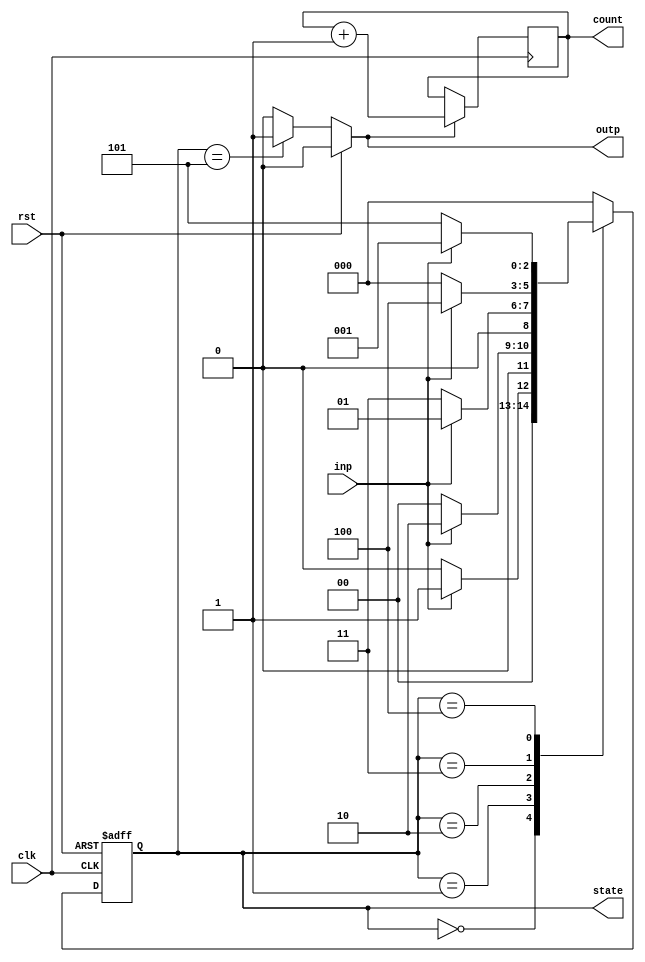
`timescale 1ns / 1ps
//moore state machine sequence detector for 11010 sequence
module fsm_2(clk,rst,inp,outp,state,count);
   input clk, rst, inp; // inputs for fsm
   output outp;  // output
   output [2:0] state; // states of fsm
   output [2:0] count;
   
     reg [2:0] count =0;
	 reg [2:0] state;
	 reg outp;
	 
	 always @(posedge clk, posedge rst)   // detects 11010 sequence using 5 state fsm machine
		begin
		
		if(rst) begin //if rst=1 then initial state is 000
			state<=3'b000;
			end
		
		else
		begin
			case(state) // if rst=0, check the input sequence
			
			3'b000:
			begin 
			if(inp)begin
			     state<=3'b001; //change to next state
			     end
			else begin
			     state<=3'b000;
			     end
			end
			
			3'b001:
			begin 
			if(inp)begin
			     state<=3'b010; //change to next state
			     end
			else begin
			     state<=3'b000;
			     end
			end
            
            3'b010:
			begin 
			if(~inp)begin
			     state<=3'b011; //change to next state
			     end
			else begin
			     state<=3'b001;
			     end
			end
			
			3'b011:
			begin 
			if(inp)begin
			     state<=3'b100; //change to next state
			     end
			else begin
			     state<=3'b000;
			     end
			end
			
			3'b100:
			begin 
			if(inp)begin
			     state<=3'b001;
			     end
			else begin
			     state<=3'b101;
			     end
			end
			
			3'b101:
			begin
			     state<=3'b000; //change to next state
			end
			
			default:
				begin
				state<=3'b000;
				end
			endcase
		end
	end
	
	always @(state)
         begin
             if(rst) begin
                 outp <= 0; // is rst = 1 output is 0
             end
             else if (state == 3'b101) begin //if fsm reaches the last state output is 1
                 outp <= 1;
             end
             else begin
                 outp <= 0; // else output is 0
             end
         end
    
    always@(posedge clk)
    begin
        if(outp)
            count<= count+1;
    end
endmodule